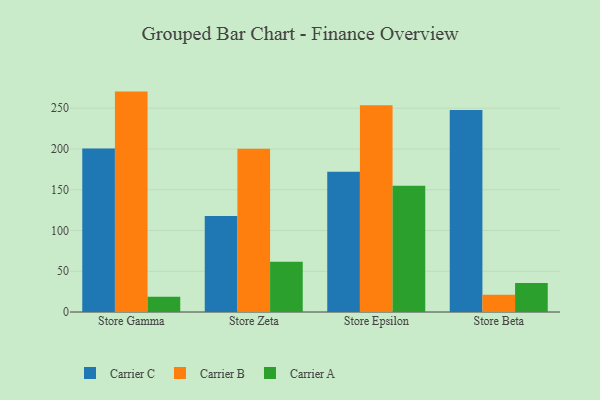
{"axis": {"x": "Store", "y": "Temperature (°C)"}, "legend": ["Carrier A", "Carrier B", "Carrier C"], "data": [{"x": "Store Gamma", "y": 200.5, "type": "Carrier C"}, {"x": "Store Gamma", "y": 270.4, "type": "Carrier B"}, {"x": "Store Gamma", "y": 18.6, "type": "Carrier A"}, {"x": "Store Zeta", "y": 117.8, "type": "Carrier C"}, {"x": "Store Zeta", "y": 200.2, "type": "Carrier B"}, {"x": "Store Zeta", "y": 61.7, "type": "Carrier A"}, {"x": "Store Epsilon", "y": 172.1, "type": "Carrier C"}, {"x": "Store Epsilon", "y": 253.6, "type": "Carrier B"}, {"x": "Store Epsilon", "y": 154.8, "type": "Carrier A"}, {"x": "Store Beta", "y": 247.7, "type": "Carrier C"}, {"x": "Store Beta", "y": 21.1, "type": "Carrier B"}, {"x": "Store Beta", "y": 35.5, "type": "Carrier A"}]}